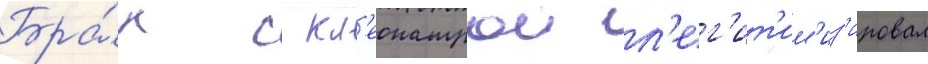
Бра́к с кл'еопатрои л'ег'ит'им'из'ировал